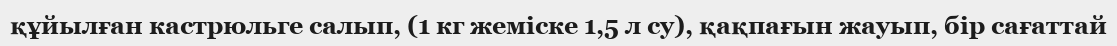
құйылған кастрюльге салып, (1 кг жеміске 1,5 л су), қақпағын жауып, бір сағаттай